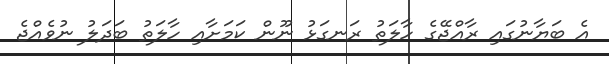
އެ ބަޔާނުގައި ރާއްޖޭގެ ހާލަތު ރަނގަޅު ނޫން ކަމަށާއި ހާލަތު ބަދަލު ނުވެއްޖެ